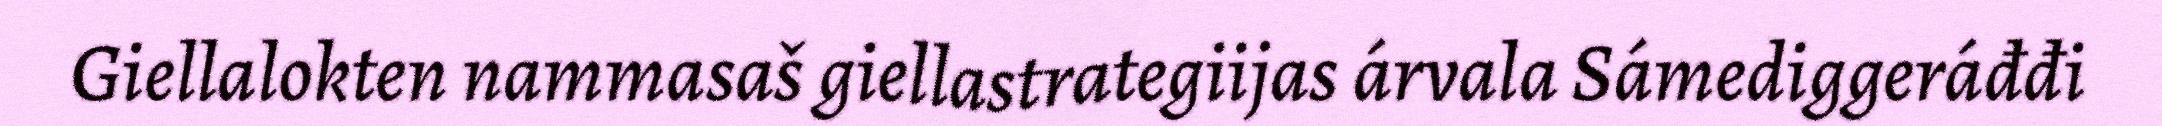
Giellalokten nammasaš giellastrategiijas árvala Sámediggeráđđi